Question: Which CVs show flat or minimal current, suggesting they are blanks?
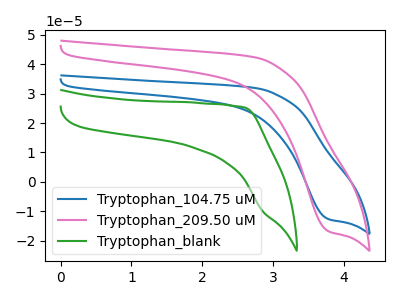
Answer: <think>The blue curve "Tryptophan_104.75 uM" has a cathodic peak at: (3.80V, -12.65uA). The pink curve "Tryptophan_209.50 uM" has a cathodic peak at: (3.80V, -16.80uA). The green curve "Tryptophan_blank" has no peaks.</think>
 <answer>"Tryptophan_blank" is likely to be a blank.</answer>
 <eval>Tryptophan_blank</eval>